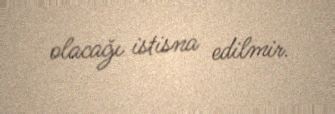
olacağı istisna edilmir.